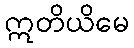
ဣတိယိမေ